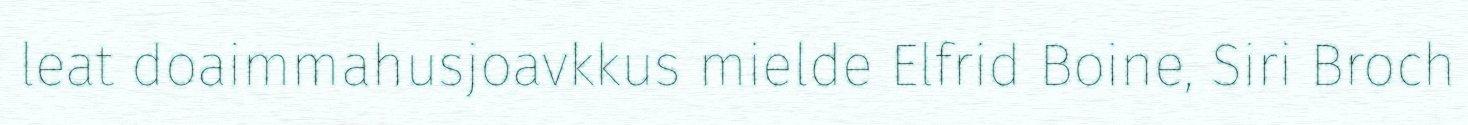
leat doaimmahusjoavkkus mielde Elfrid Boine, Siri Broch